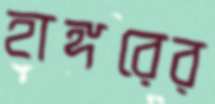
হাঙ্গরের